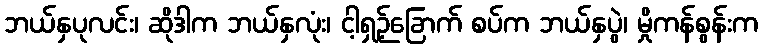
ဘယ်နှပုလင်း၊ ဆိုဒါက ဘယ်နှလုံး၊ ငါ့ရှဉ့်ခြောက် စပ်က ဘယ်နှပွဲ၊ မှိုကန်စွန်းက